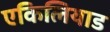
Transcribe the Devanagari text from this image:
एकिलियाड